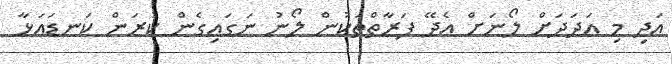
އަދި މި އަދަދަށް ލޯނަށް އެދޭ ފަރާތްތަކުން ލޯނު ނަގައިގެން ކުރަން ކަނޑައަޅާ